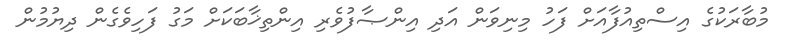
މުބާރަކުގެ އިސްތިއުފާއަށް ފަހު މިނިވަން އަދި އިންޞާފުވެރި އިންތިޚާބަކަށް މަގު ފަހިވެގެން ދިޔުމުން